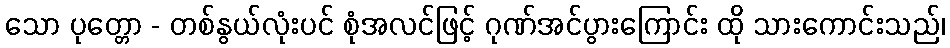
သော ပုတ္တော - တစ်နွယ်လုံးပင် စုံအလင်ဖြင့် ဂုဏ်အင်ပွားကြောင်း ထို သားကောင်းသည်၊